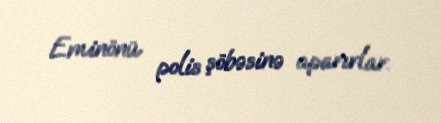
Eminönü polis şöbəsinə aparırlar.